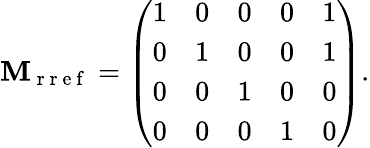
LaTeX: \mathbf{M}_{\mathrm{~r~r~e~f~}}=\left(\begin{array}{lllll}{1}&{0}&{0}&{0}&{1}\\ {0}&{1}&{0}&{0}&{1}\\ {0}&{0}&{1}&{0}&{0}\\ {0}&{0}&{0}&{1}&{0}\end{array}\right).